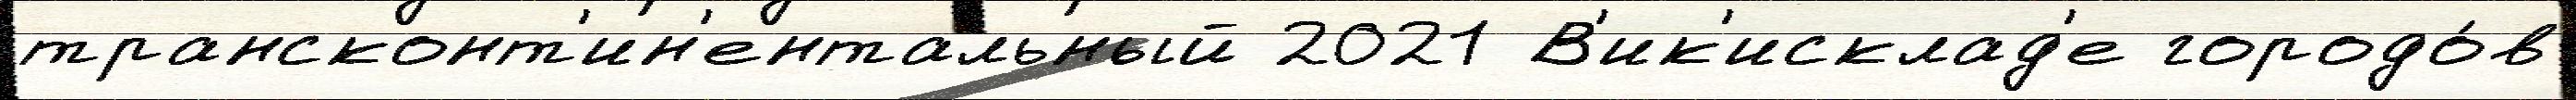
трансконт'ин'ентальный 2021 В'ик'исклад'е городо́в